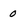
Character: 0